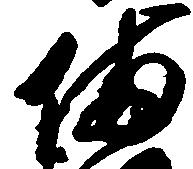
備